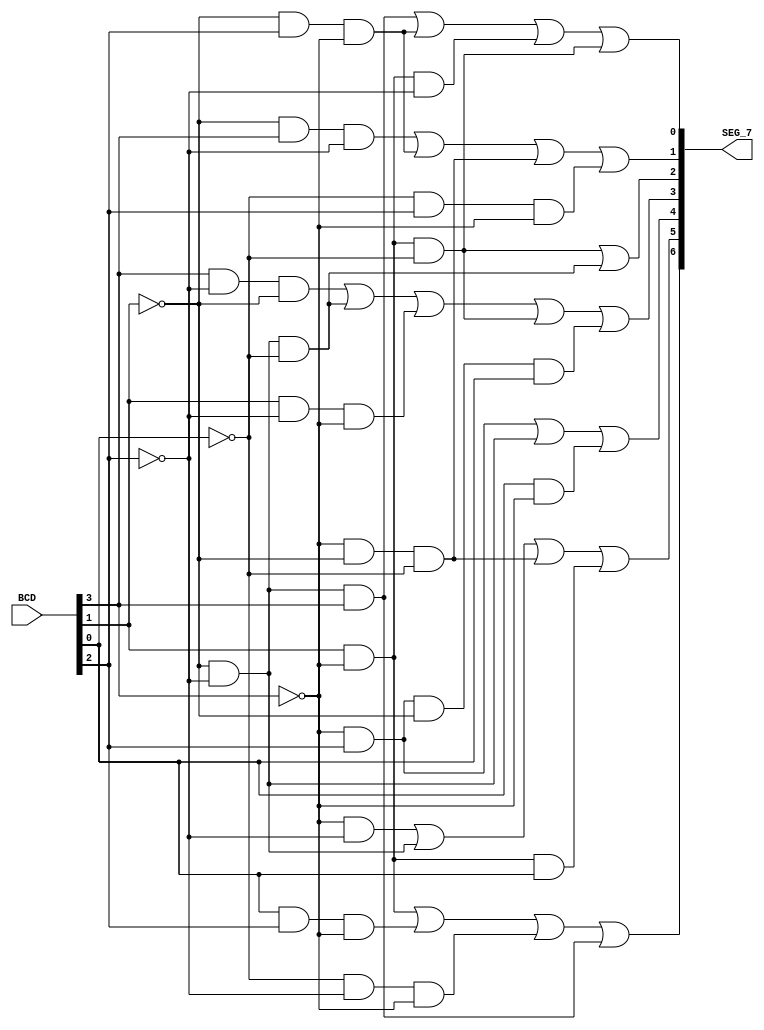
//-----------------------------------------------------------------------------
//University: OIT - CSET
//Class: CST 231
//Dependancies: None
//-----------------------------------------------------------------------------
//Takes a number in BCD and converts it to the proper format for a 7 seg
//display. If the number is outside the bounds of BCD (for example, 10) it will
//display nothing.
//-----------------------------------------------------------------------------
module BCD_7SEG
(
	input	[3:0]	BCD,
	output	[6:0]	SEG_7
);
assign SEG_7[6] = BCD[1]&&!BCD[3] || BCD[0]&&BCD[2]&&!BCD[3] || !BCD[0]&&!BCD[2]&&!BCD[3] || !BCD[1]&&!BCD[2]&&BCD[3];
assign SEG_7[5] = !BCD[3]&&!BCD[2] || !BCD[1]&&!BCD[2] || !BCD[3]&&!BCD[1]&&!BCD[0] || !BCD[3]&&BCD[1]&&BCD[0];
assign SEG_7[4] = !BCD[3]&&BCD[2] || !BCD[2]&&!BCD[1] || BCD[0]&&!BCD[3];
assign SEG_7[3] = BCD[3]&&!BCD[2]&&!BCD[1] || !BCD[2]&&!BCD[1]&&!BCD[0] || BCD[1]&&!BCD[2]&&!BCD[3] || !BCD[3]&&BCD[1]&&!BCD[0] || !BCD[3]&&BCD[2]&&!BCD[1]&&BCD[0];
assign SEG_7[2] = !BCD[3]&&BCD[1]&&!BCD[0] || !BCD[2]&&!BCD[1]&&!BCD[0];
assign SEG_7[1] = !BCD[1]&&BCD[3]&&!BCD[2] || !BCD[1]&&BCD[2]&&!BCD[3] || !BCD[3]&&!BCD[1]&&!BCD[0] || !BCD[0]&&BCD[2]&&!BCD[3];
assign SEG_7[0] = !BCD[1]&&!BCD[2]&&BCD[3] || !BCD[1]&&BCD[2]&&!BCD[3] || BCD[1]&&!BCD[3]&&!BCD[2] || !BCD[3]&&BCD[1]&&!BCD[0];

endmodule